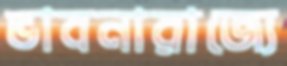
ভাবনারাজ্যে